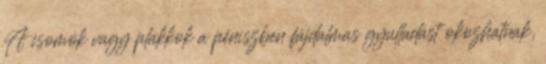
A csomók vagy plakkok a péniszben fájdalmas gyulladást okozhatnak,